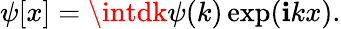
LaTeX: \psi[x]=\intdk\psi(k)\exp(\mathbf{i}kx).